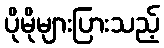
ပိုမိုများပြားသည့်